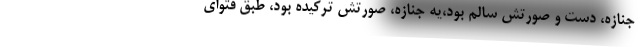
جنازه، دست و صورتش سالم بود،يه جنازه، صورتش تركيده بود، طبق فتواي